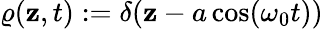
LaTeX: \varrho(\mathbf{z},t):=\delta(\mathbf{z}-a\cos(\omega_{0}t))